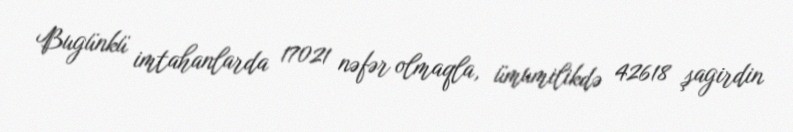
Bugünkü imtahanlarda 17021 nəfər olmaqla, ümumilikdə 42618 şagirdin